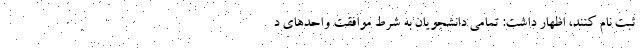
ثبت نام کنند، اظهار داشت: تمامی دانشجویان به شرط موافقت واحدهای د